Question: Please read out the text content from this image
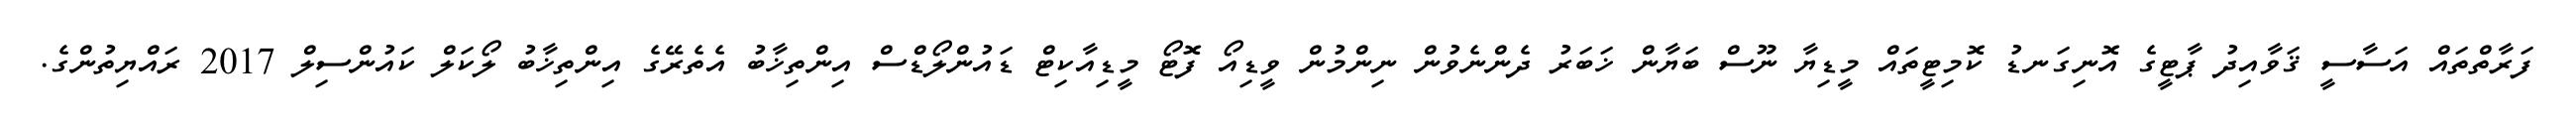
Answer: ފަރާތްތައް އަސާސީ ޤަވާއިދު ޕާޓީގެ އޮނިގަނޑު ކޮމިޓީތައް މީޑިޔާ ނޫސް ބަޔާން ޚަބަރު ދެންނެވުން ނިންމުން ވީޑިއޯ ފޮޓޯ މީޑިއާކިޓް ޑައުންލޯޑްސް އިންތިޚާބު އެތެރޭގެ އިންތިޚާބު ލޯކަލް ކައުންސިލް 2017 ރައްޔިތުންގެ.